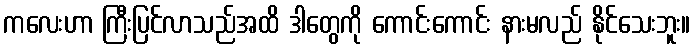
ကလေးဟာ ကြီးပြင်လာသည်အထိ ဒါတွေကို ကောင်းကောင်း နားမလည် နိုင်သေးဘူး။